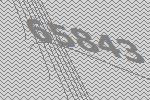
65843